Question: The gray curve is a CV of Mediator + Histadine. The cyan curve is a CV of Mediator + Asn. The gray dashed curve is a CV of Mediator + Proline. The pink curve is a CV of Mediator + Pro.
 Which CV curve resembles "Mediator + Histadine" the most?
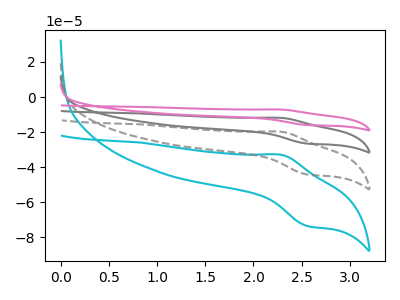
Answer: <think>The gray curve "Mediator + Histadine" has an anodic peak at (2.30V, -39.65uA) and a cathodic peak at (2.55V, -88.50uA). The cyan curve "Mediator + Asn" has an anodic peak at (2.30V, -33.00uA) and a cathodic peak at (2.55V, -73.65uA). The gray dashed curve "Mediator + Proline" has an anodic peak at (2.30V, -19.80uA) and a cathodic peak at (2.55V, -44.25uA). The pink curve "Mediator + Pro" has an anodic peak at (2.30V, -59.45uA) and a cathodic peak at (2.55V, -132.75uA).
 All the peaks in "Mediator + Histadine" have a peak in "Mediator + Asn" at the same potential. All the peaks in "Mediator + Histadine" have a peak in "Mediator + Proline" at the same potential. All the peaks in "Mediator + Histadine" have a peak in "Mediator + Pro" at the same potential. All the peaks in "Mediator + Asn" have a peak in "Mediator + Proline" at the same potential. All the peaks in "Mediator + Asn" have a peak in "Mediator + Pro" at the same potential. All the peaks in "Mediator + Proline" have a peak in "Mediator + Pro" at the same potential.</think>
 <answer>"Mediator + Histadine", "Mediator + Proline" and "Mediator + Pro" have a similar shape to "Mediator + Asn".</answer>
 <eval>"Mediator + Histadine" "Mediator + Proline" "Mediator + Pro"</eval>